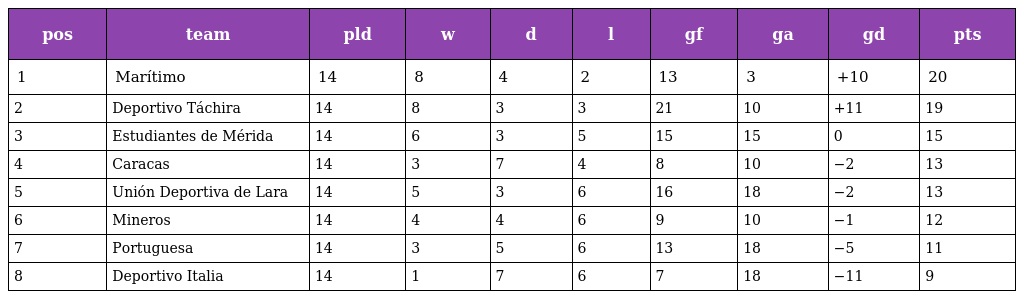
| pos | team | pld | w | d | l | gf | ga | gd | pts |
 | --- | --- | --- | --- | --- | --- | --- | --- | --- | --- |
 | 1 | Marítimo | 14 | 8 | 4 | 2 | 13 | 3 | +10 | 20 |
 | 2 | Deportivo Táchira | 14 | 8 | 3 | 3 | 21 | 10 | +11 | 19 |
 | 3 | Estudiantes de Mérida | 14 | 6 | 3 | 5 | 15 | 15 | 0 | 15 |
 | 4 | Caracas | 14 | 3 | 7 | 4 | 8 | 10 | −2 | 13 |
 | 5 | Unión Deportiva de Lara | 14 | 5 | 3 | 6 | 16 | 18 | −2 | 13 |
 | 6 | Mineros | 14 | 4 | 4 | 6 | 9 | 10 | −1 | 12 |
 | 7 | Portuguesa | 14 | 3 | 5 | 6 | 13 | 18 | −5 | 11 |
 | 8 | Deportivo Italia | 14 | 1 | 7 | 6 | 7 | 18 | −11 | 9 |